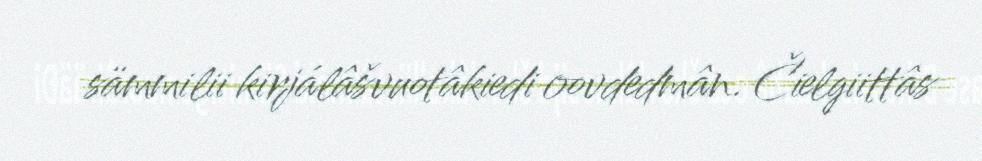
sämmilii kirjálâšvuotâkiedi oovdedmân. Čielgiittâs